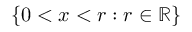
\{ 0 < x < r : r \in \mathbb { R } \}